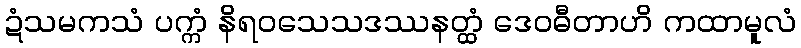
ဍံသမကသံ ပက္ကံ နိရဝသေသဒဿနတ္ထံ ဒေဝဓီတာဟိ ကထာမူလံ